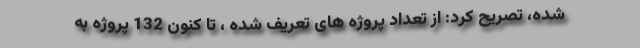
شده، تصریح کرد: از تعداد پروژه های تعریف شده ، تا کنون 132 پروژه به